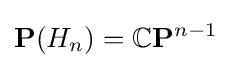
\mathbf {P} (H_{n})=\mathbb {C} \mathbf {P} ^{n-1}